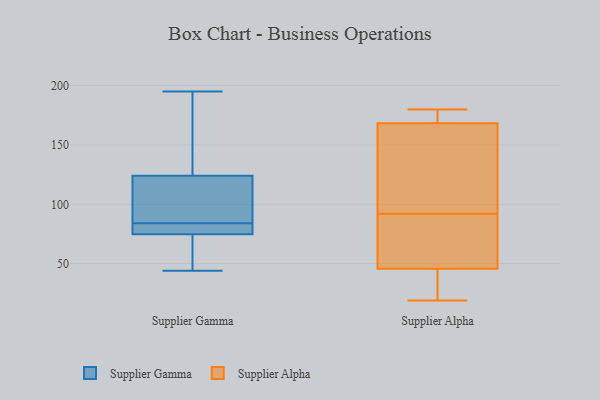
{"axis": {"x": "Customer Acquisition Cost (USD)", "y": "Value"}, "legend": ["Supplier Alpha", "Supplier Gamma"], "data": [{"x": "", "y": 87, "type": "Supplier Gamma"}, {"x": "", "y": 84, "type": "Supplier Gamma"}, {"x": "", "y": 80, "type": "Supplier Gamma"}, {"x": "", "y": 121, "type": "Supplier Gamma"}, {"x": "", "y": 44, "type": "Supplier Gamma"}, {"x": "", "y": 195, "type": "Supplier Gamma"}, {"x": "", "y": 83, "type": "Supplier Gamma"}, {"x": "", "y": 73, "type": "Supplier Gamma"}, {"x": "", "y": 59, "type": "Supplier Gamma"}, {"x": "", "y": 125, "type": "Supplier Gamma"}, {"x": "", "y": 137, "type": "Supplier Gamma"}, {"x": "", "y": 65, "type": "Supplier Alpha"}, {"x": "", "y": 173, "type": "Supplier Alpha"}, {"x": "", "y": 19, "type": "Supplier Alpha"}, {"x": "", "y": 102, "type": "Supplier Alpha"}, {"x": "", "y": 22, "type": "Supplier Alpha"}, {"x": "", "y": 135, "type": "Supplier Alpha"}, {"x": "", "y": 87, "type": "Supplier Alpha"}, {"x": "", "y": 63, "type": "Supplier Alpha"}, {"x": "", "y": 173, "type": "Supplier Alpha"}, {"x": "", "y": 177, "type": "Supplier Alpha"}, {"x": "", "y": 180, "type": "Supplier Alpha"}, {"x": "", "y": 92, "type": "Supplier Alpha"}, {"x": "", "y": 39, "type": "Supplier Alpha"}, {"x": "", "y": 40, "type": "Supplier Alpha"}, {"x": "", "y": 154, "type": "Supplier Alpha"}]}